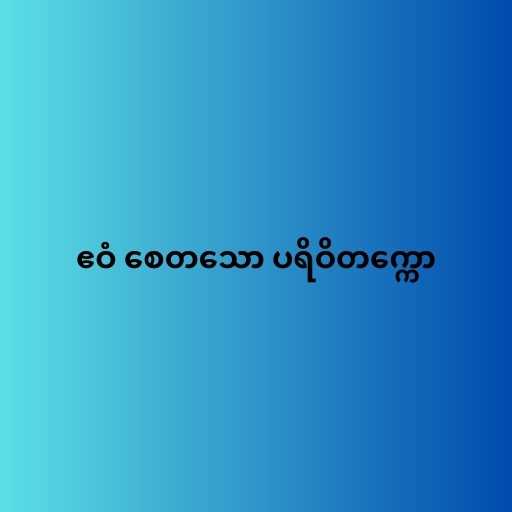
ဧဝံ စေတသော ပရိဝိတက္ကော